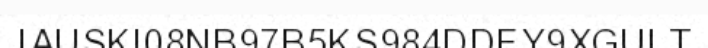
IAUSKI08NB97B5KS984DDFY9XGULT